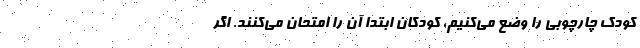
کودک چارچوبی را وضع می‌کنیم،‌ کودکان ابتدا آن را امتحان می‌کنند. اگر